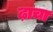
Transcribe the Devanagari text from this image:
ढ़ाचा